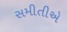
સમીતીએ